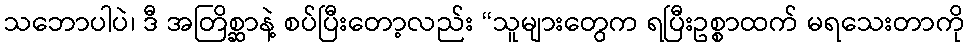
သဘောပါပဲ၊ ဒီ အတြိစ္ဆာနဲ့ စပ်ပြီးတော့လည်း “သူများတွေက ရပြီးဥစ္စာထက် မရသေးတာကို